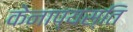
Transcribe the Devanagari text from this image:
केनाप्यस्ति